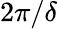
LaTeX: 2\pi/\delta